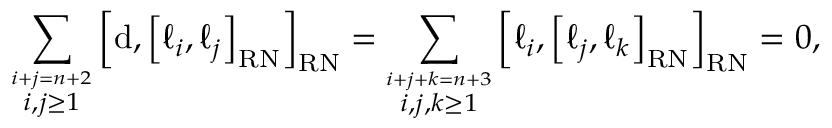
\sum _ { \overset { i + j = n + 2 } { i , j \geq 1 } } \left[ \mathrm { d } , \left[ \ell _ { i } , \ell _ { j } \right] _ { \mathrm { \tiny { R N } } } \right] _ { \mathrm { \tiny { R N } } } = \sum _ { \overset { i + j + k = n + 3 } { i , j , k \geq 1 } } \left[ \ell _ { i } , \left[ \ell _ { j } , \ell _ { k } \right] _ { \mathrm { \tiny { R N } } } \right] _ { \mathrm { \tiny { R N } } } = 0 ,